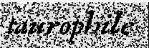
taurophile